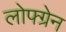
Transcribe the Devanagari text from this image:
लोफ्ग्रेन